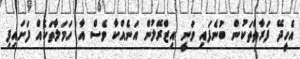
އެހީދޭ ފަރާތްތަކުން ބުނެފައި ވަނީ އިޒްރޭލުން އަނެއްކާ ވެސް އާ ހަމަލާތަކެއް ފަށައިފި